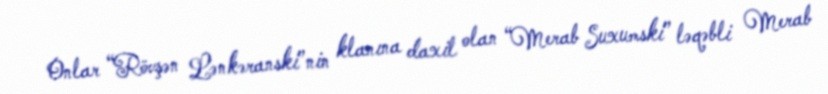
Onlar “Rövşən Lənkəranski”nin klanına daxil olan “Merab Suxumski” ləqəbli Merab